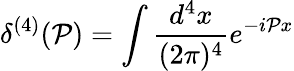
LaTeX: \delta^{(4)}(\mathcal{P})=\int\frac{{d^{4}x}}{{(2\pi)^{4}}}e^{-i\mathcal{P}x}